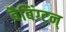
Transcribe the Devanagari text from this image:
बैबिंग्टन्